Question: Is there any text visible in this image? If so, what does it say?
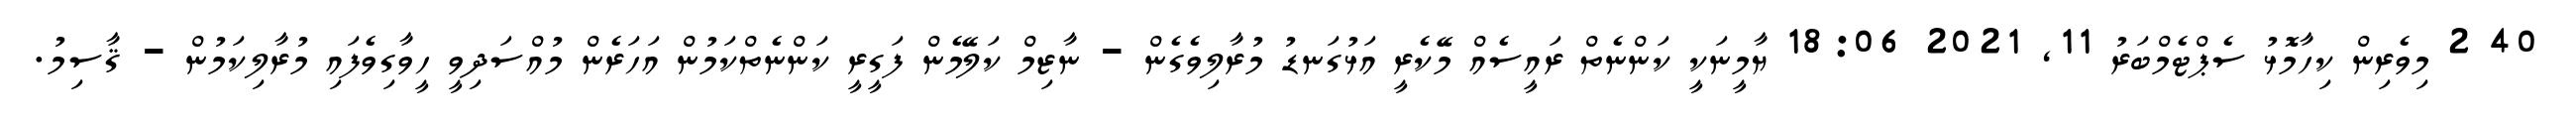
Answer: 40 2 މިވެރިން ކިހާމޮޅު ސެޕްޓެމްބަރު 11, 2021 18:06 ޔާމީނަކީ ކަންނެތް ރައީސެއް މޭކެރީ އަޅުގަނޑު މުރާލިވެގެން - ނާޒިމް ކަލޭމެން ފަގީރީ ކަންނެތްކަމުން އަހަރެން މުއްސަދިވީ ހީވާގިވެފައި މުރާލިކަމުން - ޤާސިމު.